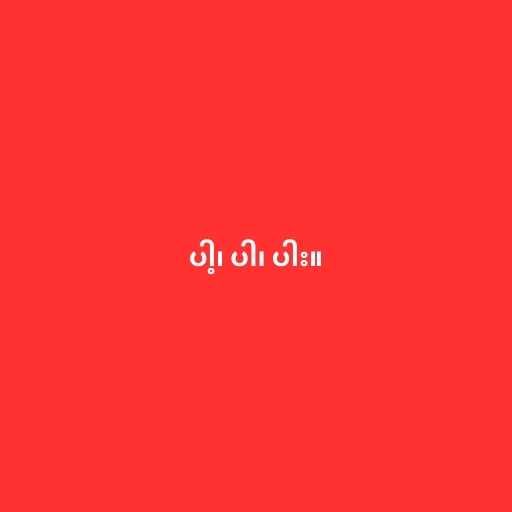
ပါ့၊ ပါ၊ ပါး။